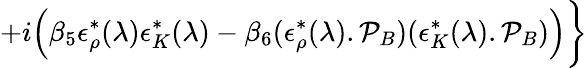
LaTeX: +i\Big(\beta_{5}\epsilon_{\rho}^{*}(\lambda)\epsilon_{K}^{*}(\lambda)-\beta_{6}(\epsilon_{\rho}^{*}(\lambda).\mathcal{P}_{B})(\epsilon_{K}^{*}(\lambda).\mathcal{P}_{B})\Big)\bigg\rbrace